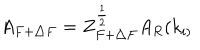
A _ { F + \triangle F } = Z _ { F + \triangle F } ^ { \frac 1 2 } A _ { R } ( k _ { i ) }